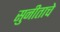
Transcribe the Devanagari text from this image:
सुनीताचे